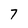
Character: 7